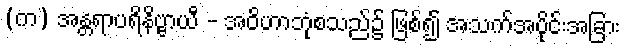
(က) အန္တရာပရိနိဗ္ဗာယီ - အဝိဟာဘုံစသည်၌ ဖြစ်၍ အသက်အပိုင်းအခြား